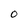
Character: O